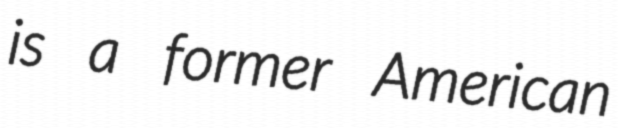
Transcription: is a former American